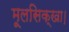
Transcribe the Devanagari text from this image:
मूलसिक्खा।